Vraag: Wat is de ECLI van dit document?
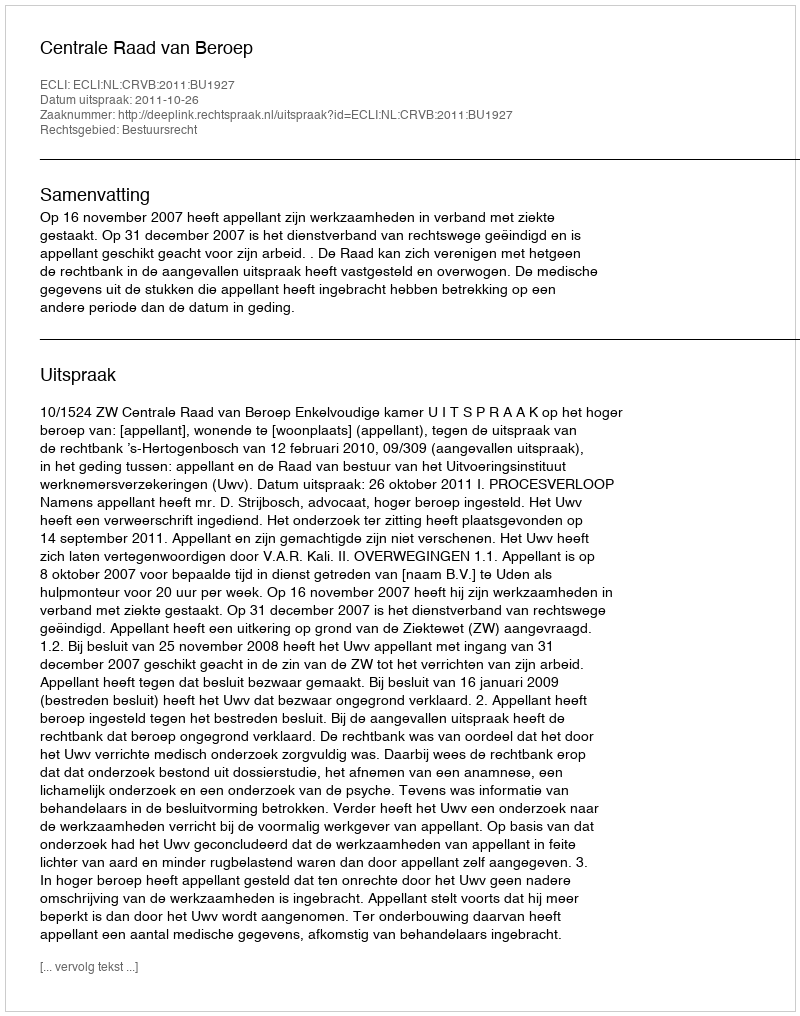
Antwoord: ECLI:NL:CRVB:2011:BU1927